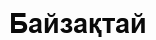
Байзақтай